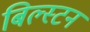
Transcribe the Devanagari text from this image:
बिल्स्टन